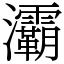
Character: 灞